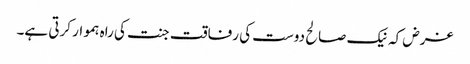
غرض کہ نیک صالح دوست کی رفاقت جنت کی راہ ہموار کرتی ہے۔